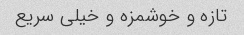
تازه و خوشمزه و خیلی سریع